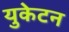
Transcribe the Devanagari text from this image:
युकेटन